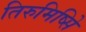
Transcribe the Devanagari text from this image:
तिरुमिष्सिे